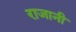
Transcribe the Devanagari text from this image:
राजानी